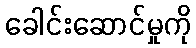
ခေါင်းဆောင်မှုကို